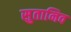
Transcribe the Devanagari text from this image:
सुतानिव